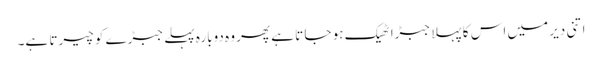
اتنی دیر میں اس کا پہلا جبڑا ٹھیک ہو جا تا ہے پھر وہ دوبارہ پہلے جبڑے کو چیرتا ہے۔